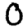
Digit: 0